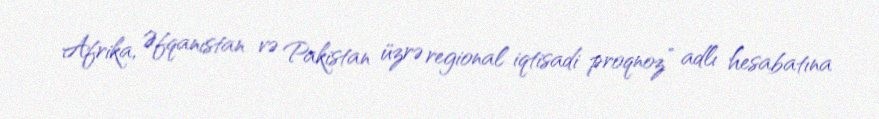
Afrika, Əfqanıstan və Pakistan üzrə regional iqtisadi proqnoz” adlı hesabatına